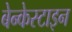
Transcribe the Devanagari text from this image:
बेन्केस्टाइन